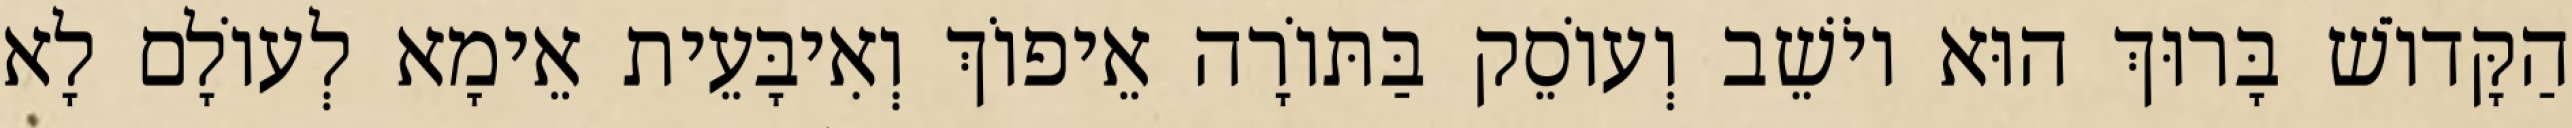
הַקָּדוֹשׁ בָּרוּךְ הוּא יוֹשֵׁב וְעוֹסֵק בַּתּוֹרָה אֵיפוֹךְ וְאִיבָּעֵית אֵימָא לְעוֹלָם לָא